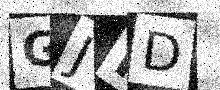
Text: GJHD